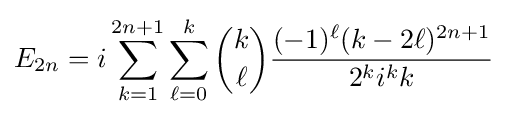
E_{2n}=i\sum _{k=1}^{2n+1}\sum _{\ell =0}^{k}{\binom {k}{\ell }}{\frac {(-1)^{\ell }(k-2\ell )^{2n+1}}{2^{k}i^{k}k}}